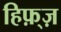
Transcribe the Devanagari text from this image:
हिफ़्ज़